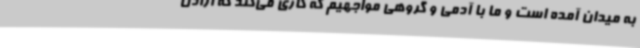
به میدان آمده است و ما با آدمی و گروهی مواجهیم که کاری می‌کند که اراذل